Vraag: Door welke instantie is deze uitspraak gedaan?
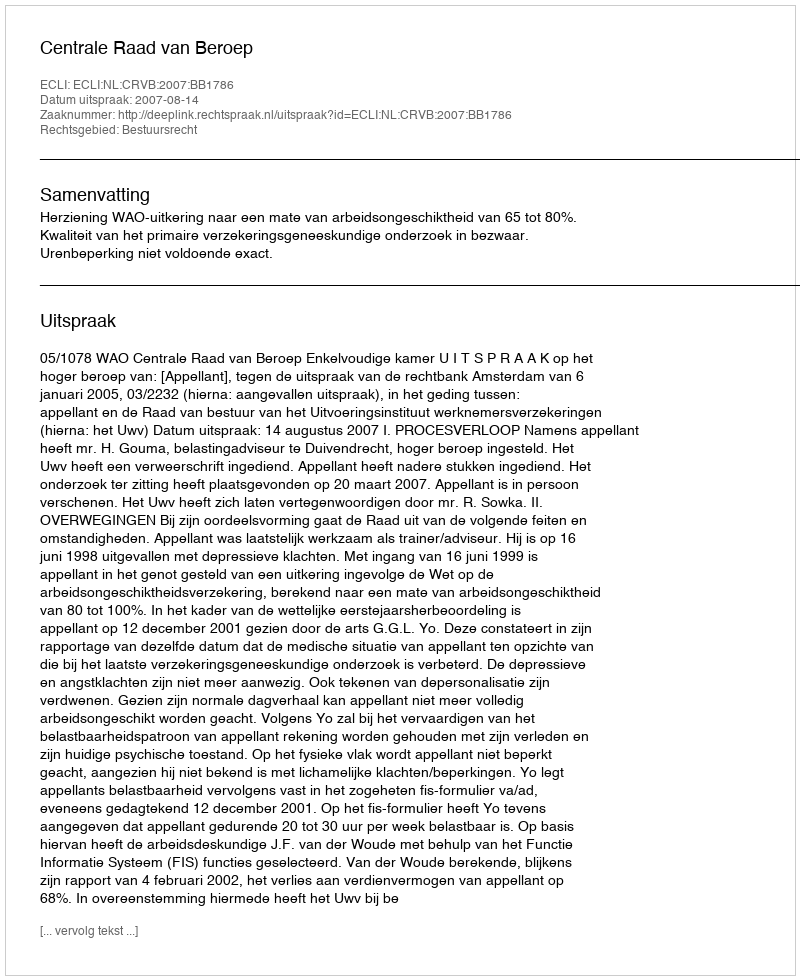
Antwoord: Centrale Raad van Beroep